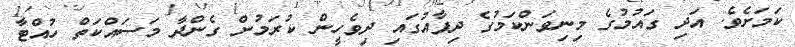
ކަމަށެވެ. އަދި ގައުމުގެ މިނިވަންކަމުގެ ދިފާއުގައި ދިވެހީން ކުރަމުން ގެންދާ މަސައްކަތް ހުއްޓާ